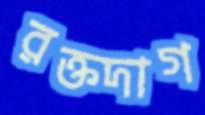
রক্তদাগ